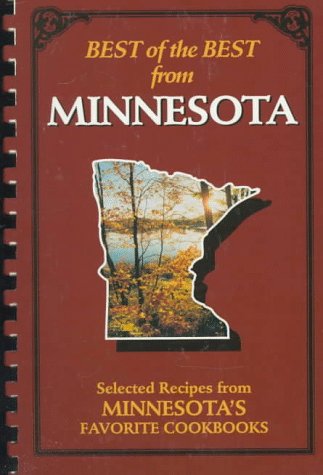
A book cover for Best of the Best from Minnesota: Selected Recipes from Minnesota's Favorite Cookbooks; Cookbooks, Food & Wine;